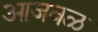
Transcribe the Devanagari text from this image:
आजवळ